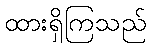
ထားရှိကြသည်